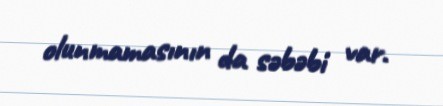
olunmamasının da səbəbi var.